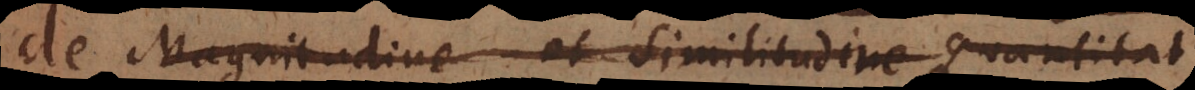
de Magnitudine et Similitudine Quantitat